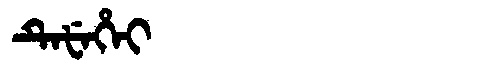
Manchu: ᡨᡝᡶᡝᡥᡝᡳ
Romanization: TEFEHEI